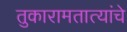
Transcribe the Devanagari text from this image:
तुकारामतात्यांचे